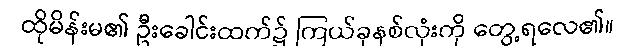
ထိုမိန်းမ၏ ဦးခေါင်းထက်၌ ကြယ်ခုနစ်လုံးကို တွေ့ရလေ၏။